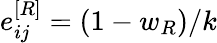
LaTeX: e_{ij}^{[R]}=(1-w_{R})/k